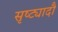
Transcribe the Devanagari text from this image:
सृष्ट्यादौ